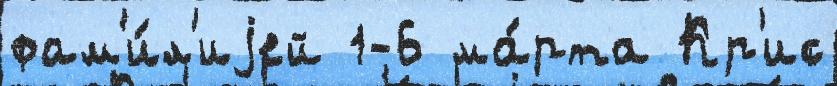
фам'и́л'иjей 1-6 ма́рта Кр'ис